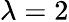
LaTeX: \lambda=2